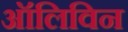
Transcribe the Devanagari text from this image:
ऑलिविन